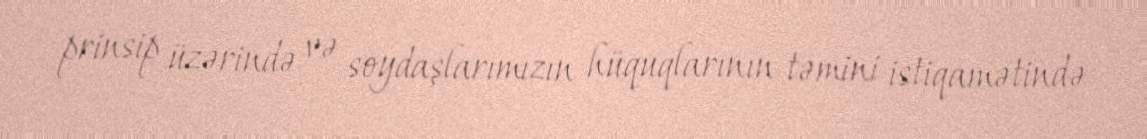
prinsip üzərində və soydaşlarımızın hüquqlarının təmini istiqamətində